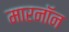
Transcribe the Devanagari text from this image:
मारनॉन